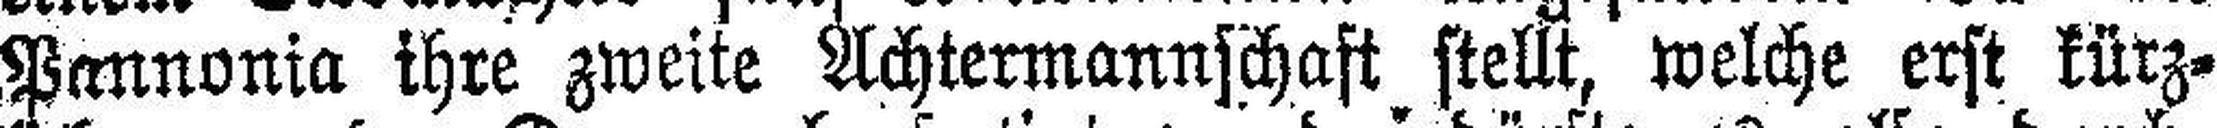
Pannonia ihre zweite Achtermannschaft stellt, welche erst kürz¬